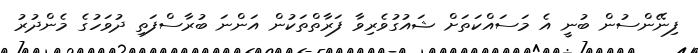
ފިނޭންސުން ބުނީ އެ މަސައްކަތަށް ޝައުގުވެރިވާ ފަރާތްތަކުން އަންނަ ބުރާސްފަތި ދުވަހުގެ މެންދުރު